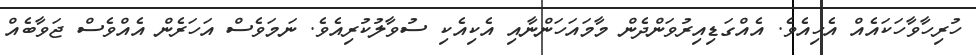
ހުރިހާވާހަކައެއް އެހިއެވެ. އެއްގަޑިއިރުވަންދެން މާމައަހަންނާއި އެކިއެކި ސުވާލުކުރިއެވެ. ނަމަވެސް އަހަރެން އެއްވެސް ޖަވާބެއް